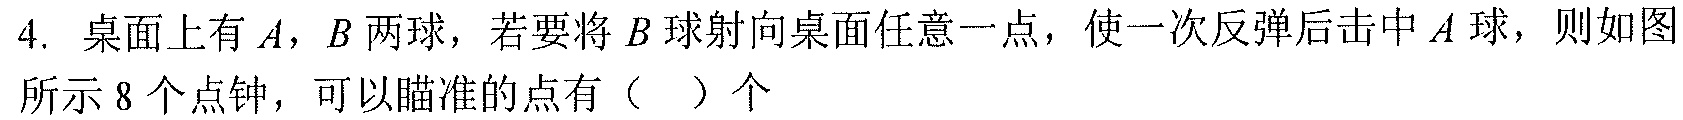
4. 桌面上有\(A\)，\(B\)两球，若要将\(B\)球射向桌面任意一点，使一次反弹后击中\(A\)球，则如图所示\(8\)个点钟，可以瞄准的点有（  ）个